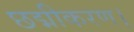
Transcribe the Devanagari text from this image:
छद्मीकरण।